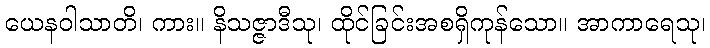
ယေနဝါသာတိ၊ ကား။ နိသဇ္ဇာဒီသု၊ ထိုင်ခြင်းအစရှိကုန်သော။ အာကာရေသု၊